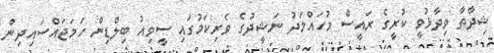
ޝިިދާތާ ވިދާޅުވީ ކުރީގެ ރައީސް މުހައްމަދު ނަޝީދުގެ ވެރިކަމުގައި ސީވިއު ބިލްޑިން ހަމަޖައްސައިދިން